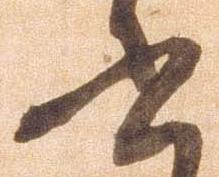
書